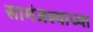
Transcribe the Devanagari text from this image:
सामंजस्याच्या